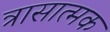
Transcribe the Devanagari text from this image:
त्रासात्मक